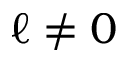
\ell \neq 0